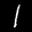
Digit: 1